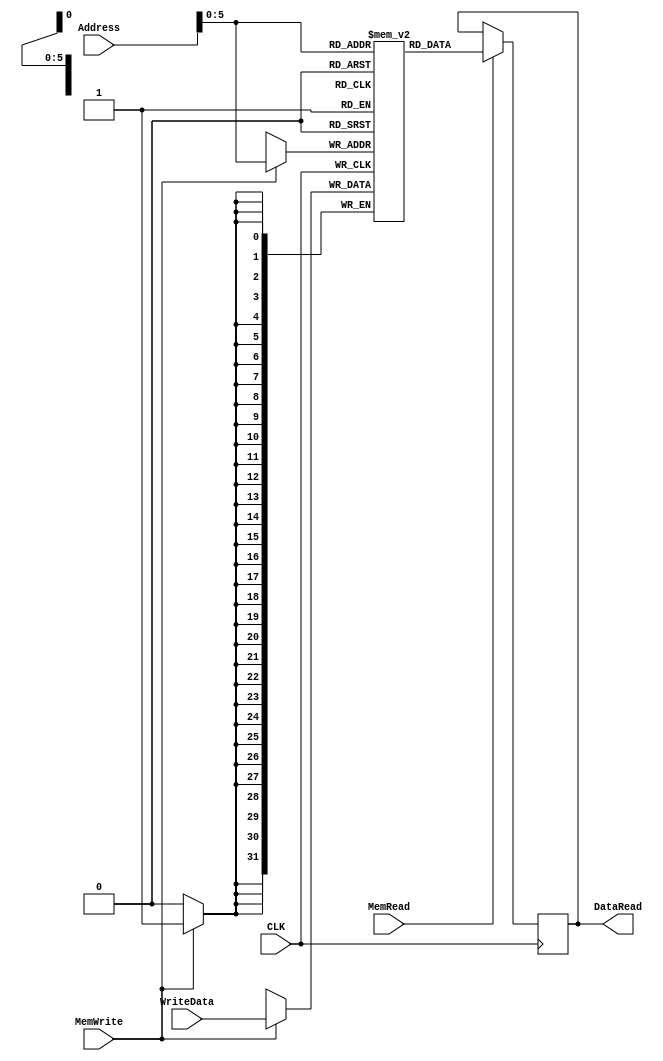
`timescale 1ns / 1ps
//////////////////////////////////////////////////////////////////////////////////
// Company: 
// Engineer: 
// 
// Design Name: 
// Module Name: Registers
// Project Name: 
// Target Devices: 
// Tool Versions: 
// Description: 
// 
// Dependencies: 
// 
// Revision:
// Revision 0.01 - File Created
// Additional Comments:
// 
//////////////////////////////////////////////////////////////////////////////////


//*********************************************************************************
//  This File has been verified to work as intended via DM_TB.v
//  Input: a 64-bit address to read from Data memory defined in this file, a 64-bit
//  data input to write data to memory, a Read flag which allows the data to be read,
//  a Write flag which allows data to be written, and a clock.
//  Output: When the Read flag is high, the output will be the value of the memory
//  as it was on the clock's rising edge.
//  As of 11/27/2020 by Jeffrey Blanda
//*********************************************************************************


module DataMemory(
input wire[31:0] Address,
input wire[31:0] WriteData,
input wire MemWrite,
input wire MemRead,
output reg[31:0] DataRead,
input wire CLK
    );
reg[31:0] Memory[63:0];
initial begin
Memory[0] = 'haefb;
end
always @(posedge CLK) begin
if (MemWrite == 1'b1)
    Memory[Address[6:0]] <= WriteData;
if (MemRead == 1'b1) begin
    DataRead <= Memory[Address[6:0]];
end    
end
endmodule